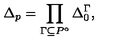
\Delta _ { p } = \prod _ { \Gamma \subseteq P ^ { \circ } } \Delta _ { 0 } ^ { \Gamma } ,